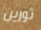
ثورين